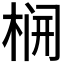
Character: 𬂻